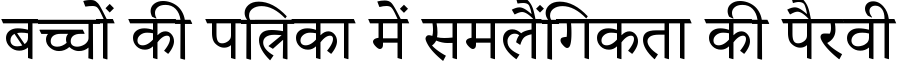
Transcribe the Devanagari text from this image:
बच्चों की पत्रिका में समलैंगिकता की पैरवी